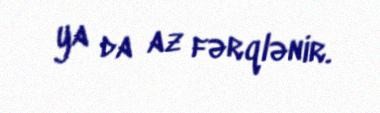
ya da az fərqlənir.